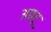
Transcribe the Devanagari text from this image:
अछरू